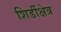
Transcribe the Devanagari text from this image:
शिर्डीक्षेत्र